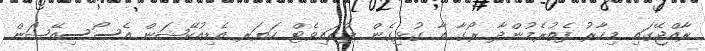
ރާއްޖޭގައި މިހާރު ފެތުރެމުންދާ ރޯގާ އާ ގުޅިގެން ޕްރައިވެޓް ހަޔަރ އެޑިއުކޭޝަން އެސޯސިއޭޝަން